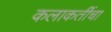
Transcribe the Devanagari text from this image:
कलाकर्तीचा